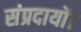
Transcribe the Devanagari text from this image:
संप्रदायों।